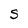
Character: S